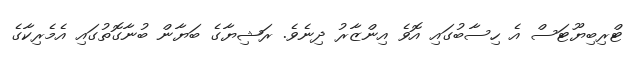
ޓްރިބިޔޫޓަސް އެ ހިސާބުގައި އޮވެ އިންޒާރު ދިނެވެ. ރަޝިޔާގެ ބަޔާން ބުނާގޮތުގައި އެމެރިކާގެ